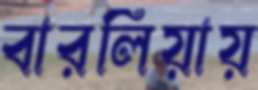
বারলিয়ায়